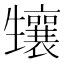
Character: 𤰂